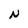
Character: N